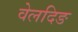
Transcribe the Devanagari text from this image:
वेलदिङ